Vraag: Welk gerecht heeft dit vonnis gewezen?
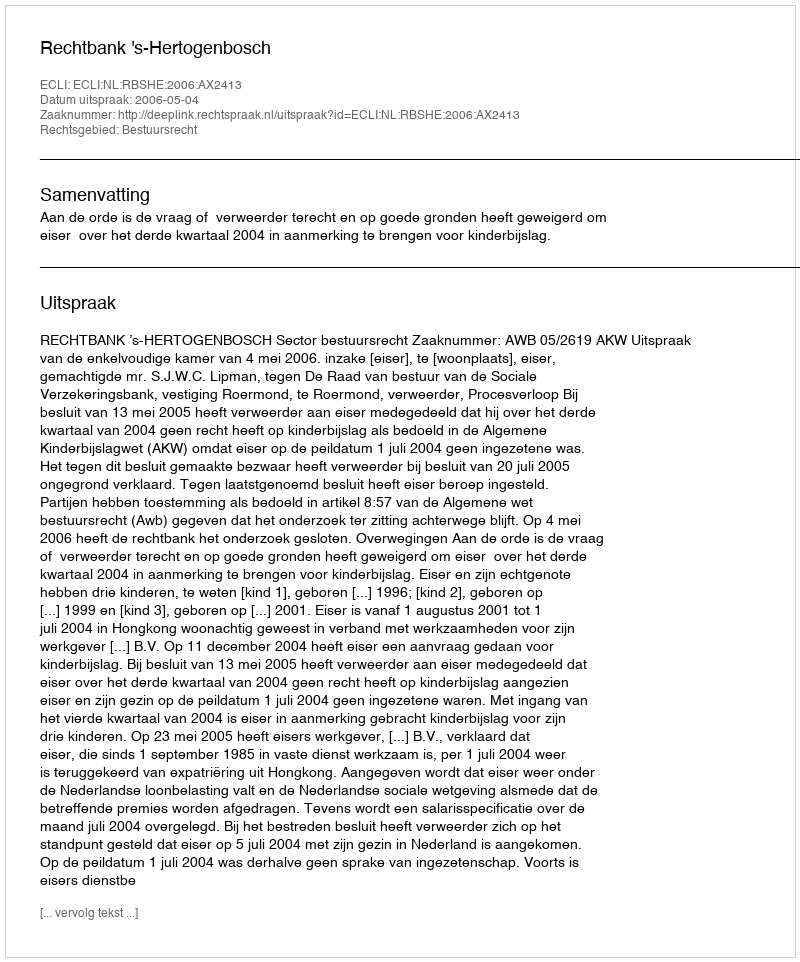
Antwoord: Rechtbank 's-Hertogenbosch